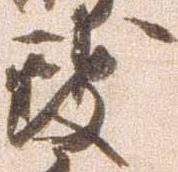
致